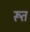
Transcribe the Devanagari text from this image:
रूत